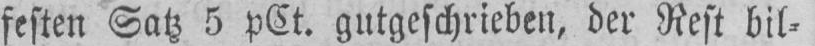
festen Satz 5 pCt. gutgeschrieben, der Rest bil⸗